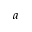
a